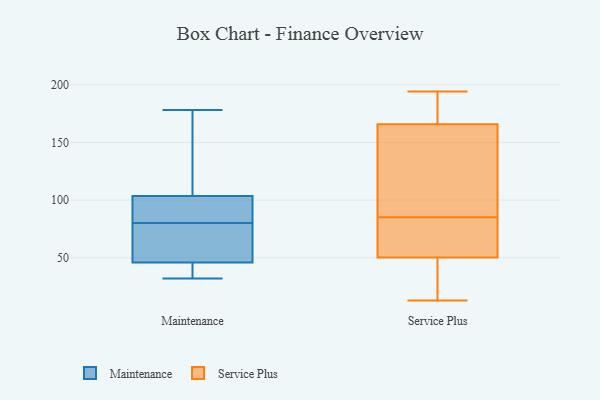
{"axis": {"x": "Operating Costs (USD K)", "y": "Value"}, "legend": ["Maintenance", "Service Plus"], "data": [{"x": "", "y": 35, "type": "Maintenance"}, {"x": "", "y": 83, "type": "Maintenance"}, {"x": "", "y": 48, "type": "Maintenance"}, {"x": "", "y": 65, "type": "Maintenance"}, {"x": "", "y": 178, "type": "Maintenance"}, {"x": "", "y": 36, "type": "Maintenance"}, {"x": "", "y": 141, "type": "Maintenance"}, {"x": "", "y": 100, "type": "Maintenance"}, {"x": "", "y": 63, "type": "Maintenance"}, {"x": "", "y": 102, "type": "Maintenance"}, {"x": "", "y": 118, "type": "Maintenance"}, {"x": "", "y": 104, "type": "Maintenance"}, {"x": "", "y": 80, "type": "Maintenance"}, {"x": "", "y": 32, "type": "Maintenance"}, {"x": "", "y": 45, "type": "Maintenance"}, {"x": "", "y": 103, "type": "Service Plus"}, {"x": "", "y": 13, "type": "Service Plus"}, {"x": "", "y": 194, "type": "Service Plus"}, {"x": "", "y": 163, "type": "Service Plus"}, {"x": "", "y": 84, "type": "Service Plus"}, {"x": "", "y": 174, "type": "Service Plus"}, {"x": "", "y": 71, "type": "Service Plus"}, {"x": "", "y": 33, "type": "Service Plus"}, {"x": "", "y": 15, "type": "Service Plus"}, {"x": "", "y": 56, "type": "Service Plus"}, {"x": "", "y": 85, "type": "Service Plus"}, {"x": "", "y": 98, "type": "Service Plus"}, {"x": "", "y": 186, "type": "Service Plus"}]}